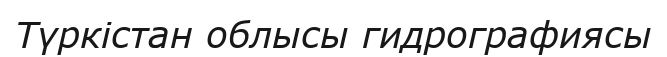
Түркістан облысы гидрографиясы